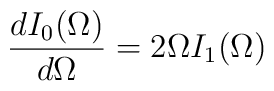
\frac{dI_0(\Omega)}{d\Omega}=2\Omega I_1(\Omega)